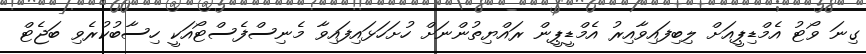
ގިނަ ވޯޓު އެމްޑިޕީއަށް ލިބިފައިވާއިރު އެމްޑީޕީން ރައްޔިތުންނަށް ހުށަހަޅައިފައިވާ މެނިސްފެސްޓޯއަކީ ހިސާބުކުރެވި ބަޖެޓް